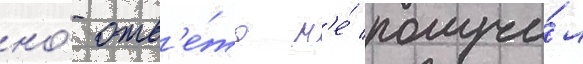
но́ отв'е́та н'е́ получи́л